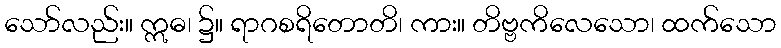
သော်လည်း။ ဣဓ၊ ၌။ ရာဂစရိတောတိ၊ ကား။ တိဗ္ဗကိလေသော၊ ထက်သော